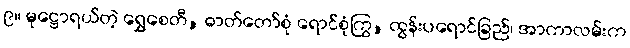
၉။ မုဋ္ဌောရယ်တဲ့ ရွှေစေတီ, ဓာတ်တော်စုံ ရောင်စုံကြွ, ထွန်းပရောင်ခြည်၊ အာကာလမ်းက